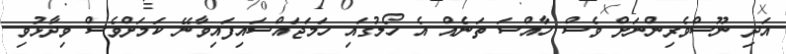
އަދި ނޫސްވެރިންނަށް ވެސް ހާއްސަ ތަނެއް އެ ހޯލުގައި ހަމަޖައްސައިފައިވާނޭ ކަމަށްވެސް ވިދާޅުވި